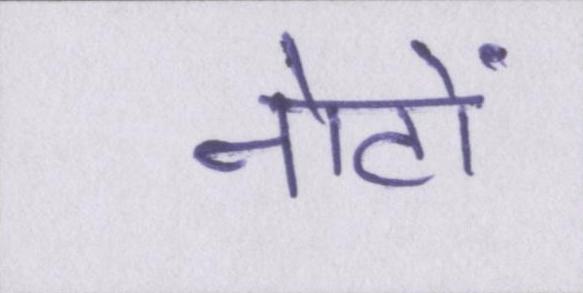
नोटों